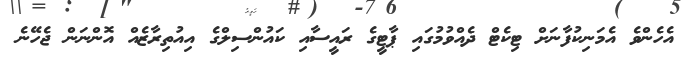
އެހެންވެ އެމަނިކުފާނަށް ޓިކެޓް ދެއްވުމުގައި ޕާޓީގެ ރައީސާއި ކައުންސިލްގެ އިއުތިރާޒެއް އޮންނަން ޖެހޭނެ